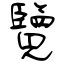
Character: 覽